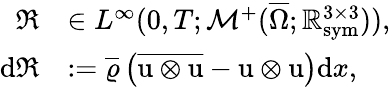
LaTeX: \begin{array}{rl}{\mathfrak{R}}&{\in L^{\infty}(0,T;\mathcal{M}^{+}(\overline{{\Omega}};\mathbb{R}_{\mathrm{sym}}^{3\times 3})),}\\ {\textup{d}\mathfrak{R}}&{:=\overline{{\varrho}}\left(\overline{{\textbf{\textup{u}}\otimes\textbf{\textup{u}}}}-\textbf{\textup{u}}\otimes\textbf{\textup{u}}\right)\textup{d}x,}\end{array}